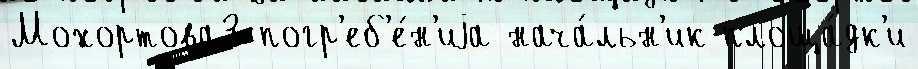
Мохортова3 погр'еб'е́н'иjа нача́льн'ик площа́дк'и